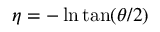
\eta = - \ln \tan ( \theta / 2 )